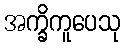
အက္ခိကူပေသု